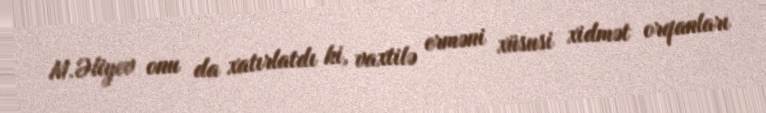
M.Əliyev onu da xatırlatdı ki, vaxtilə erməni xüsusi xidmət orqanları